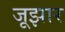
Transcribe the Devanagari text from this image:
जूझार